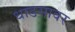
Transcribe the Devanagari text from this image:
धाडसावर